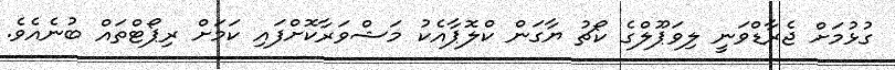
ގުޅުމަށް ޖެރާޑްވަނީ ލިވަޕޫލްގެ ކޯޗު ޔާގަން ކްލޮޕާއެކު މަޝްވަރާކޮށްފައި ކަމަށް ރިޕޯޓްތައް ބުނެއެވެ.